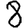
Digit: 8